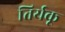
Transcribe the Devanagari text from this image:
तिर्यकू